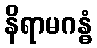
နိရာမဂန္ဓံ